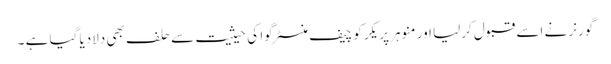
گورنر نے اسے قبول کرلیا اور منوہر پریکر کو چیف منسٹر گوا کی حیثیت سے حلف بھی دلادیا گیا ہے ۔